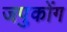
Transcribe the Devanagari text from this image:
जपुकोंग